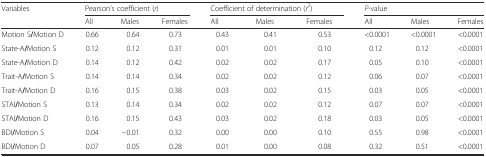
| <ROWSPAN=2> Variables | <COLSPAN=3> Pearson’s coefficient (r) | <COLSPAN=3> Coefficient of determination (r2) | <COLSPAN=3> P-value |
 | All | Males | Females | All | Males | Females | All | Males | Females |
 | --- | --- | --- | --- | --- | --- | --- | --- | --- | --- |
 | Motion S/Motion D | 0.66 | 0.64 | 0.73 | 0.43 | 0.41 | 0.53 | <0.0001 | <0.0001 | <0.0001 |
 | State-A/Motion S | 0.12 | 0.12 | 0.31 | 0.01 | 0.01 | 0.10 | 0.12 | 0.12 | <0.0001 |
 | State-A/Motion D | 0.14 | 0.12 | 0.42 | 0.02 | 0.02 | 0.17 | 0.05 | 0.10 | <0.0001 |
 | Trait-A/Motion S | 0.14 | 0.14 | 0.34 | 0.02 | 0.02 | 0.12 | 0.06 | 0.07 | <0.0001 |
 | Trait-A/Motion D | 0.16 | 0.15 | 0.38 | 0.03 | 0.02 | 0.15 | 0.03 | 0.05 | <0.0001 |
 | STAI/Motion S | 0.13 | 0.14 | 0.34 | 0.02 | 0.02 | 0.12 | 0.07 | 0.07 | <0.0001 |
 | STAI/Motion D | 0.16 | 0.15 | 0.43 | 0.03 | 0.02 | 0.18 | 0.03 | 0.05 | <0.0001 |
 | BDI/Motion S | 0.04 | −0.01 | 0.32 | 0.00 | 0.00 | 0.10 | 0.55 | 0.98 | <0.0001 |
 | BDI/Motion D | 0.07 | 0.05 | 0.28 | 0.01 | 0.00 | 0.08 | 0.32 | 0.51 | <0.0001 |